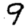
Digit: 9